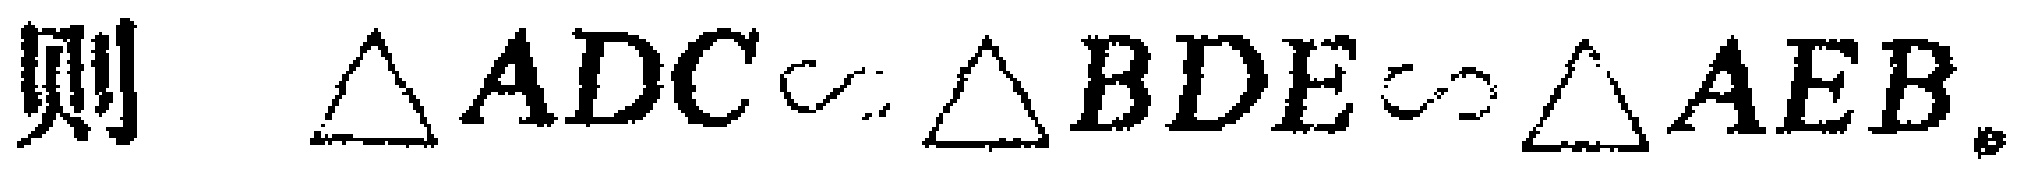
则 $\triangle ADC\sim\triangle BDE\sim\triangle AEB$。